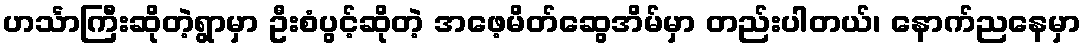
ဟင်္သာကြီးဆိုတဲ့ရွာမှာ ဦးစံပွင့်ဆိုတဲ့ အဖေ့မိတ်ဆွေအိမ်မှာ တည်းပါတယ်၊ နောက်ညနေမှာ